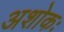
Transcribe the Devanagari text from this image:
अशोकः